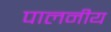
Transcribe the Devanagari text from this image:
पालनीय